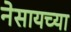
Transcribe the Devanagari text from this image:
नेसायच्या